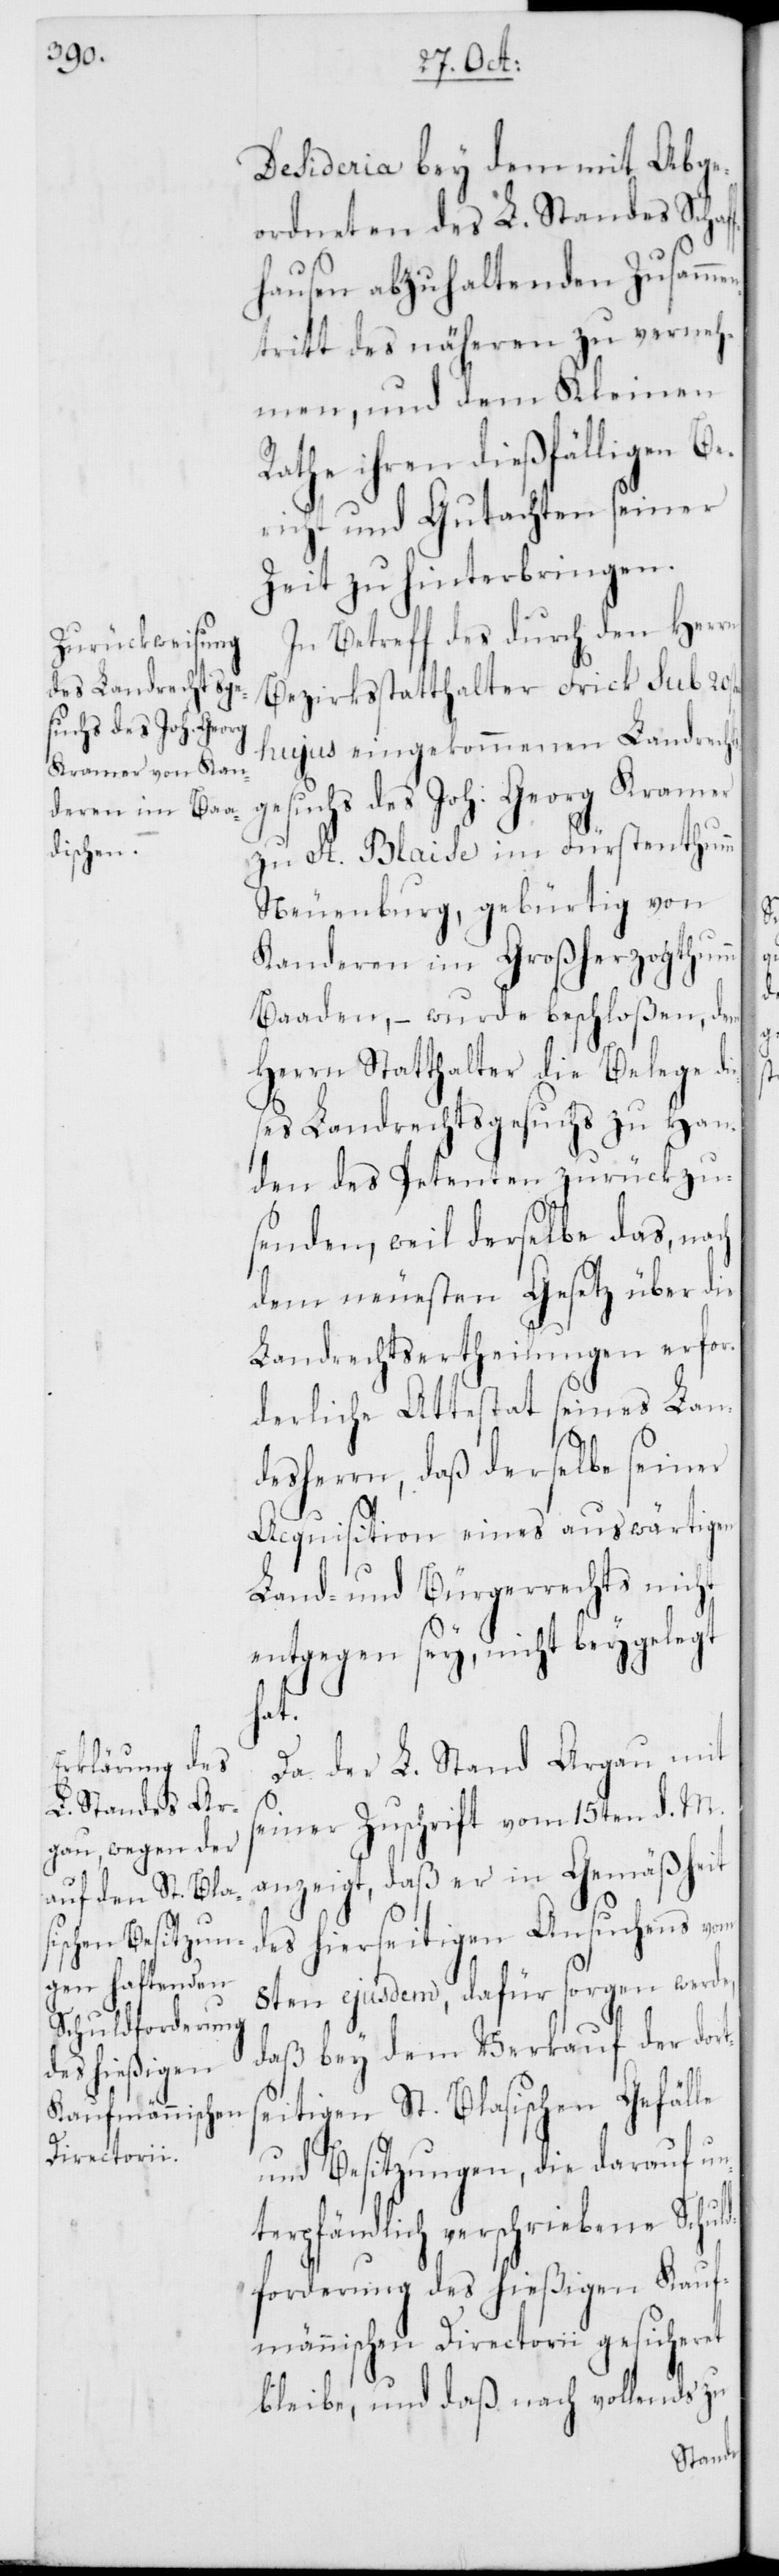
Desideria bey dem mit Abge¬
ordneten des L. Standes Schaf¬
fhausen abzuhaltenden Zusamme¬
ntritt des näheren zu verneh¬
men, und dem Kleinen
Rathe ihren dießfälligen Be¬
richt und Gutachten seiner
Zeit zu hinterbringen.
In Betreff des durch den Herrn
Bezirksstatthalter Frick sub 20s¬
hujus eingekommenen Landrechts¬
gesuchs des Joh. Georg Kramer
zu St. Blaise im Fürstenthumm
Neuenburg, gebürtig von
Kanderen im Großherzogthumm
Baaden, – wurde beschloßen, dem
Herrn Statthalter die Belege d¬
es Landrechtsgesuchs zu Han¬
den des Petenten zurückzu¬
senden, weil derselbe das, n¬
dem neuesten Gesetz über die
Landrechtsertheilungen erfor¬
derliche Attestat seines Lan¬
desherrn, daß derselbe seiner
Acquisition eines auswärtigen
Land- und Bürgerrechts nicht
entgegen sey, nicht beygelegt
ld¬
Da der L. Stand Argau mit
seiner Zuschrift vom 15ten d. M.
anzeigt, daß er in Gemäßheit
des hierseitigen Ansuchens vom
8ten ejusdem, dafür sorgen werde,
daß bey dem Verkauf der dort¬
seitigen St. Blasischen Gefälle
und Besitzungen, die darauf un¬
terpfändlich verschriebene Schu¬
forderung des hießigen Kauf¬
männischen Directorii gesicheret
bleibe, und daß nach vollends zu